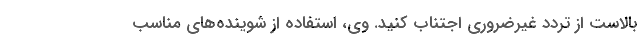
بالاست از تردد غیرضروری اجتناب کنید. وی، استفاده از شوینده‌های مناسب